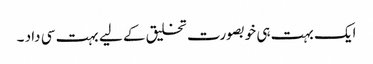
ایک بہت ہی خوبصورت تخلیق کے لیے بہت سی داد ۔